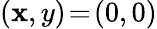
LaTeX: (\mathbf{x},y)\! =\! (0,0)